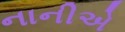
નાનીએ